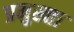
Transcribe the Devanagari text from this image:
प्रमुख्ता